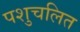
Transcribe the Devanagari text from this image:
पशुचलित